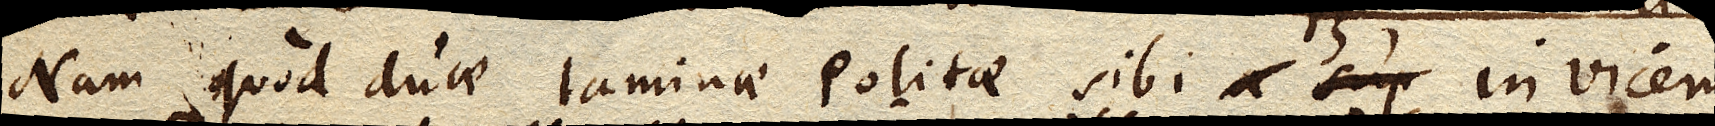
Nam quod duae laminae politae sibi invicem